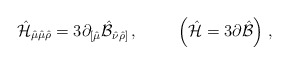
\begin{align*}\hat{\cal H}_{\hat{\mu}\hat{\mu}\hat{\rho}}=3\partial_{[\hat{\mu}}\hat{\cal B}_{\hat{\nu}\hat{\rho}]}\, , \hspace{1cm}\left(\hat{\cal H}=3\partial\hat{\cal B}\right)\, ,\end{align*}